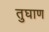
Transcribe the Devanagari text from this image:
तुघाण